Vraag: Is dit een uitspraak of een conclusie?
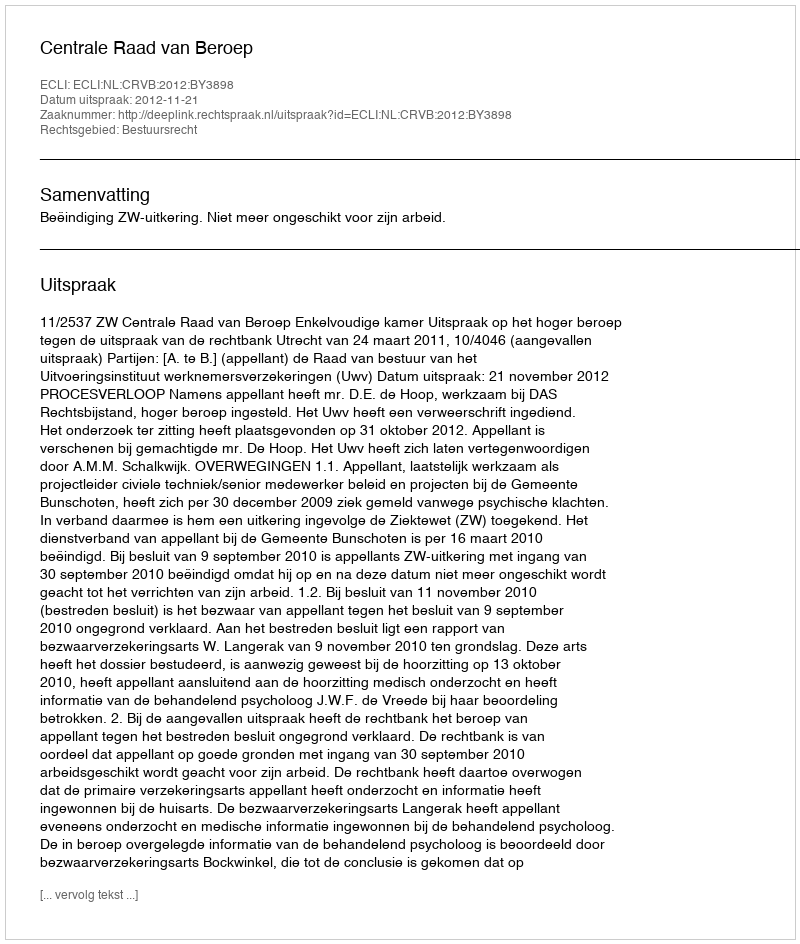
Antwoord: Uitspraak